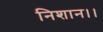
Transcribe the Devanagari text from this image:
निशान।।